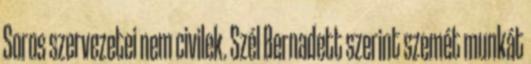
Soros szervezetei nem civilek. Szél Bernadett szerint szemét munkát